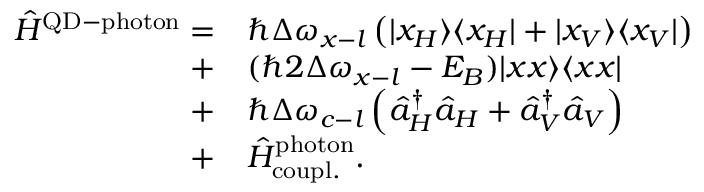
\begin{array} { r l } { \hat { H } ^ { \mathrm { Q D - p h o t o n } } = } & { \hbar \Delta \omega _ { x - l } \left( \vert x _ { H } \rangle \langle x _ { H } \vert + \vert x _ { V } \rangle \langle x _ { V } \vert \right) } \\ { + } & { ( \hbar 2 \Delta \omega _ { x - l } - E _ { B } ) \vert x x \rangle \langle x x \vert } \\ { + } & { \hbar \Delta \omega _ { c - l } \left( \hat { a } _ { H } ^ { \dagger } \hat { a } _ { H } + \hat { a } _ { V } ^ { \dagger } \hat { a } _ { V } \right) } \\ { + } & { \hat { H } _ { \mathrm { c o u p l . } } ^ { \mathrm { p h o t o n } } . } \end{array}